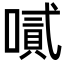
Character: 𠽬